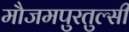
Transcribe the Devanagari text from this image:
मौजमपुरतुल्सी